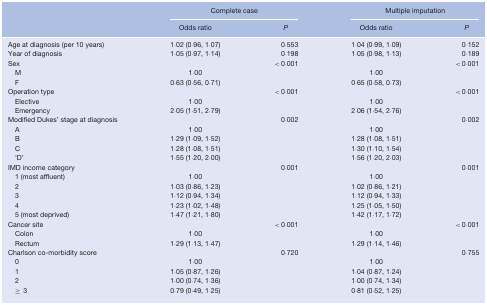
<table><thead><tr><td></td><td colspan="2"><b>Complete case</b></td><td colspan="2"><b>Multiple imputation</b></td></tr><tr><td></td><td><b>Odds ratio</b></td><td><b><i>P</i></b></td><td><b>Odds ratio</b></td><td><b><i>P</i></b></td></tr></thead><tbody><tr><td>Age at diagnosis (per 10 years)</td><td>1·02 (0·96, 1·07)</td><td>0·553</td><td>1·04 (0·99, 1·09)</td><td>0·152</td></tr><tr><td>Year of diagnosis</td><td>1·05 (0·97, 1·14)</td><td>0·198</td><td>1·05 (0·98, 1·13)</td><td>0·189</td></tr><tr><td>Sex</td><td></td><td>&lt; 0·001</td><td></td><td>&lt; 0·001</td></tr><tr><td> M</td><td>1·00</td><td></td><td>1·00</td><td></td></tr><tr><td> F</td><td>0·63 (0·56, 0·71)</td><td></td><td>0·65 (0·58, 0·73)</td><td></td></tr><tr><td>Operation type</td><td></td><td>&lt; 0·001</td><td></td><td>&lt; 0·001</td></tr><tr><td> Elective</td><td>1·00</td><td></td><td>1·00</td><td></td></tr><tr><td> Emergency</td><td>2·05 (1·51, 2·79)</td><td></td><td>2·06 (1·54, 2·76)</td><td></td></tr><tr><td>Modified Dukes&#x27; stage at diagnosis</td><td></td><td>0·002</td><td></td><td>0·002</td></tr><tr><td> A</td><td>1·00</td><td></td><td>1·00</td><td></td></tr><tr><td> B</td><td>1·29 (1·09, 1·52)</td><td></td><td>1·28 (1·08, 1·51)</td><td></td></tr><tr><td> C</td><td>1·28 (1·08, 1·51)</td><td></td><td>1·30 (1·10, 1·54)</td><td></td></tr><tr><td> ‘D’</td><td>1·55 (1·20, 2·00)</td><td></td><td>1·56 (1·20, 2·03)</td><td></td></tr><tr><td>IMD income category</td><td></td><td>0·001</td><td></td><td>0·001</td></tr><tr><td> 1 (most affluent)</td><td>1·00</td><td></td><td>1·00</td><td></td></tr><tr><td> 2</td><td>1·03 (0·86, 1·23)</td><td></td><td>1·02 (0·86, 1·21)</td><td></td></tr><tr><td> 3</td><td>1·12 (0·94, 1·34)</td><td></td><td>1·12 (0·94, 1·33)</td><td></td></tr><tr><td> 4</td><td>1·23 (1·02, 1·48)</td><td></td><td>1·25 (1·05, 1·50)</td><td></td></tr><tr><td> 5 (most deprived)</td><td>1·47 (1·21, 1·80)</td><td></td><td>1·42 (1·17, 1·72)</td><td></td></tr><tr><td>Cancer site</td><td></td><td>&lt; 0·001</td><td></td><td>&lt; 0·001</td></tr><tr><td> Colon</td><td>1·00</td><td></td><td>1·00</td><td></td></tr><tr><td> Rectum</td><td>1·29 (1·13, 1·47)</td><td></td><td>1·29 (1·14, 1·46)</td><td></td></tr><tr><td>Charlson co-morbidity score</td><td></td><td>0·720</td><td></td><td>0·755</td></tr><tr><td> 0</td><td>1·00</td><td></td><td>1·00</td><td></td></tr><tr><td> 1</td><td>1·05 (0·87, 1·26)</td><td></td><td>1·04 (0·87, 1·24)</td><td></td></tr><tr><td> 2</td><td>1·00 (0·74, 1·36)</td><td></td><td>1·00 (0·74, 1·34)</td><td></td></tr><tr><td> ≥ 3</td><td>0·79 (0·49, 1·25)</td><td></td><td>0·81 (0·52, 1·25)</td><td></td></tr></tbody></table>